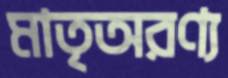
মাতৃঅরণ্য